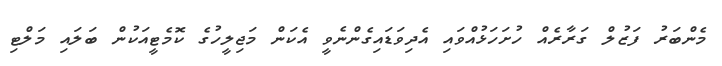
މެންބަރު ފަޒުލް ގަރާރެއް ހުށަހަޅުއްވައި އެދިވަޑައިގެންނެވީ އެކަން މަޖިލީހުގެ ކޮމެޓީއަކުން ބަލައި މަލްޓި